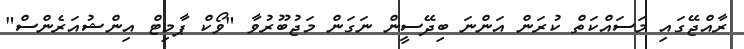
ރާއްޖޭގައި މަސައްކަތް ކުރަން އަންނަ ބިދޭސީން ނަގަން މަޖުބޫރުވާ "ވޯކް ޕާމިޓް އިންޝުއަރެންސް"